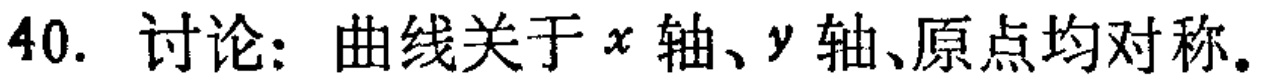
40. 讨论：曲线关于\(x\)轴、\(y\)轴、原点均对称。